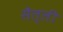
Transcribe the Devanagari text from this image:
सैल्ली